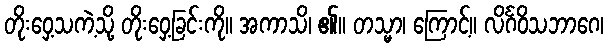
တိုးဝှေ့သကဲ့သို့ တိုးဝှေ့ခြင်းကို။ အကာသိ၊ ၏။ တသ္မာ၊ ကြောင့်။ လိင်္ဂဝိသဘာဂေ၊